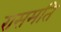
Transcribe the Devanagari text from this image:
रासमति